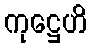
ကုဋ္ဌေဟိ